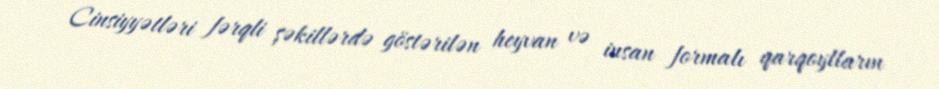
Cinsiyyətləri fərqli şəkillərdə göstərilən heyvan və insan formalı qarqoylların